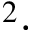
^ { 2 } \cdot